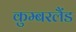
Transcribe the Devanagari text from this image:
कुम्बरलैंड